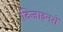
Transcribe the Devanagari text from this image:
दिजाइनरों